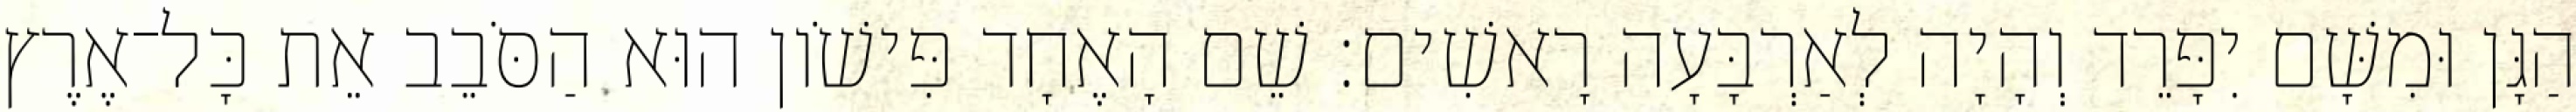
הַגָּן וּמִשָּׁם יִפָּרֵד וְהָיָה לְאַרְבָּעָה רָאשִׁים׃ שֵׁם הָאֶחָד פִּישֹׁון הוּא הַסֹּבֵב אֵת כָּל־אֶרֶץ